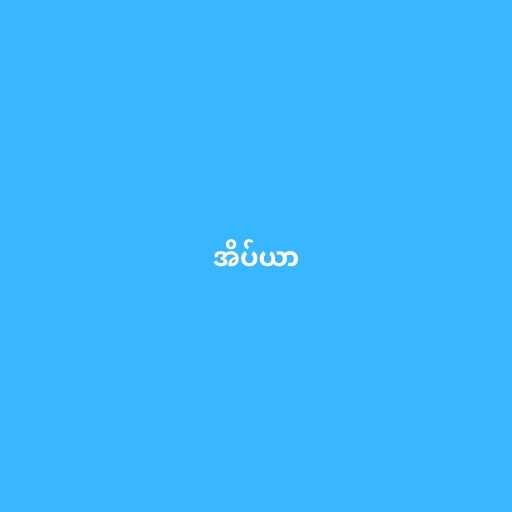
အိပ်ယာ